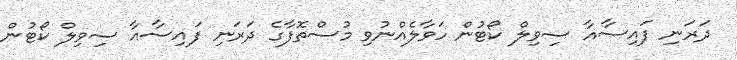
ދަރަނި ފައިސާއާ ސިވިލް ކޯޓުން ހަވާލެއްނުވި މުސްތޮފާގެ ދަރަނި ފައިސާއާ ސިވިލް ކޯޓުން